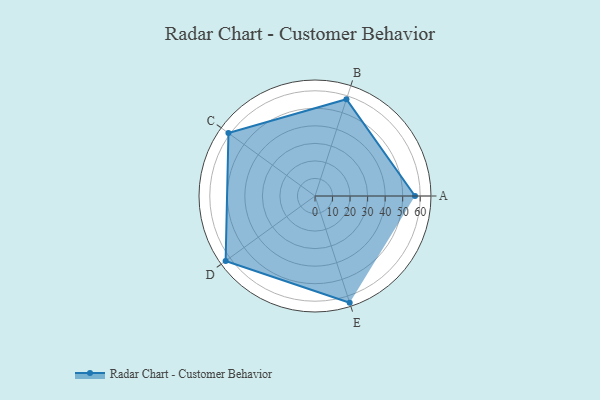
{"axis": {"x": "Skill", "y": "Score"}, "legend": ["Profile"], "data": [{"x": "A", "y": 57.0, "type": "Profile"}, {"x": "B", "y": 58.0, "type": "Profile"}, {"x": "C", "y": 61.0, "type": "Profile"}, {"x": "D", "y": 63.0, "type": "Profile"}, {"x": "E", "y": 64.0, "type": "Profile"}]}